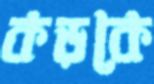
কড়কে